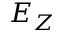
E _ { Z }